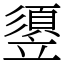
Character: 䇓